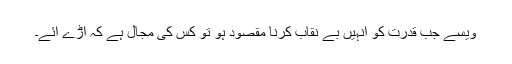
ویسے جب قدرت کو انہیں بے نقاب کرنا مقصود ہو تو کس کی مجال ہے کہ آڑے آئے۔